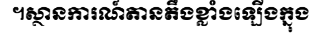
។ស្ថានការណ៍តានតឹងខ្លាំងឡើងក្នុង